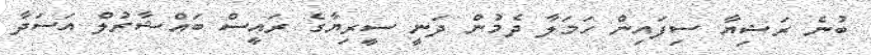
ބުނެ ރަޝިޔާ ސިފައިން ހަމަލާ ދެމުން ދަނީ ސީރިޔާގެ ރައީސް ބައްޝާރުލް އަސަދާ